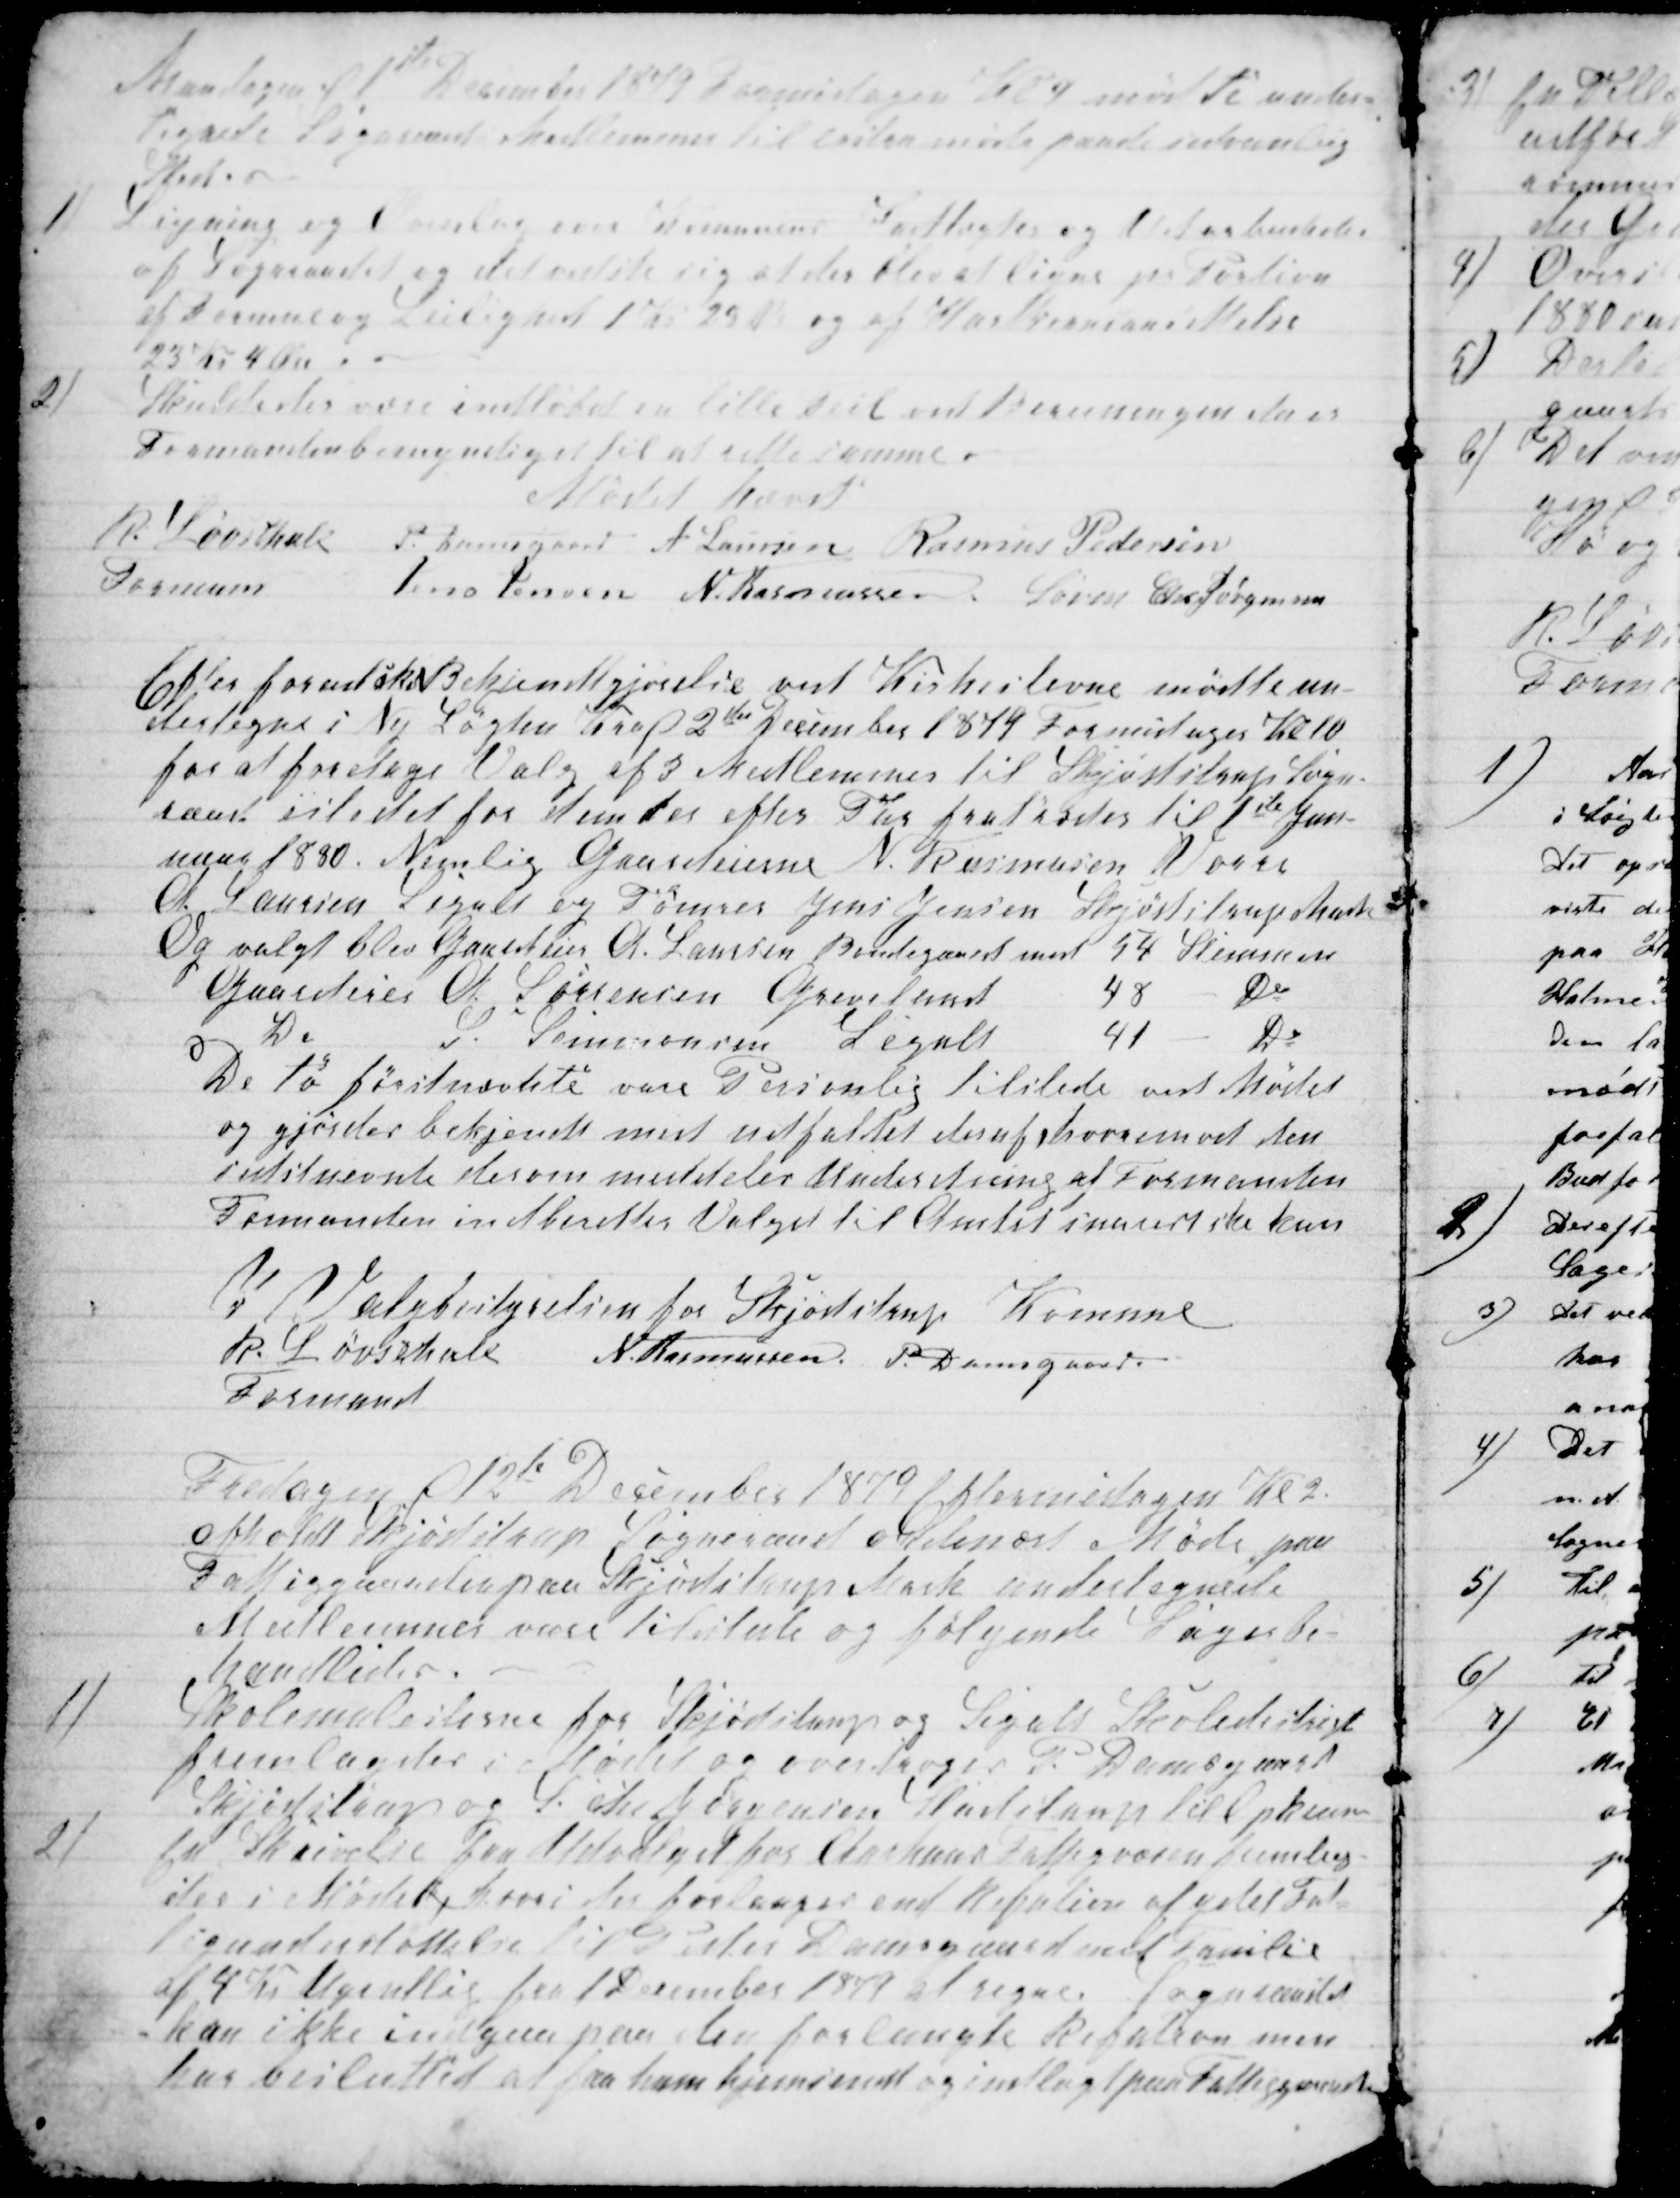
Transskription:
Mandagen d 1ste December 1879 Formidagen Kl 9 mødte under-
tegnede Sogneraads Medlemmer til exstra møde paa de sædvanlig
Sted.
1)
Ligning og Overslag over Kommunens Indtægter og  behandledes
af Sogneraadet og det viste sig at der blev at ligne pr Portion
af Formue og Leilighed 1 Kr 29 Ø og af Hartkornansættelse
23 Kr 4 Øre.
2)
Skulde der være indløbet en lille Feil ved Bereiningen da er
Formanden bemyndiget til at rette samme.
Mødet hævet
R. Løvschall 
Forman
P. Damsgaard A. Laursen Rasmus Pedersen
Jens Jensen N. Rasmussen Søren Chr Jørgensen
Efter forud ske Bekendtgjørelse ved Kirkestevne mødte un-
dertegne i Ny Løgten Kro 2de December 1879 Formidagen Kl 10
for at foretage Valg af 3 Medlemmer til Skjødstrup Sogne-
raad istedet for dem der efter Tur fratræder til 1ste Jan-
nuar 1880. Nemlig Gaardeierne N. Rasmussen Vorre
A. Laursen Segalt og Tømrer Jens Jensen Skjødstrup Mark
Og valgt blev Gaardeier A. Laursen Bondegaard med 54 Stemmer
Gaardeier A. Sørensen Grevelund
48
Do
Do
S Simmonsen Segalt
41
Do
De to førstnævnte vare Personlig tilstede ved Mødet
og gjordes bekjendt med udfaldet deraf hvorimod den
sidstnevnte derom meddeles Underetning af Formanden
Formanden indberetter Valget til Amtet snarest ske kan
I Valgbestyrelsen for Skjødstrup Komune
R. Løvschall 
Formand
N. Rasmussen P. Damsgaard
Fredagen d 12te December 1879 Eftermidagen Kl 2.
afholdt Skjødstrup Sogneraad ordinært i Møde paa
Fattiggaarden paa Skjødstrup Mark undertegnede
Medlemmer vare tilstede og følgende Sager be-
handledes.
1)
Skolemulesterne for Skjødstrup og Sigalt Skoledistrigt
fremlagdes i Mødet og overdroges P. Damsgaard
Skjødstrup og S. Chr Jørgensen Studstrup til Opkræv
2)
En Skrivelse fra Udvalget for Aarhus Fattigvæsen fremlag-
des i Mødet, hvori der forlanges end Refution af ydet Fat-
tigunderstøttelse til Peter Damsgaard med Familie
af 4 Kr Ugentlig fra 1 December 1879 at regne. Sogneraadet
kan ikke indgaa paa den forlangte Refution men
har besluttet at faa ham hjemsendt og indlagt paa Fattiggaarden